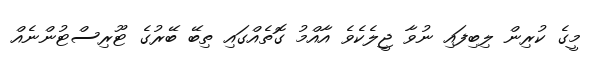
މީީގެ ކުރިން ލިބިފައި ނުވާ ޖީލެކެވެ އާއްމު ގޮތެއްގައިި ތިބޭ ބޭރުގެ ޓޫރިސްޓުންނެއް